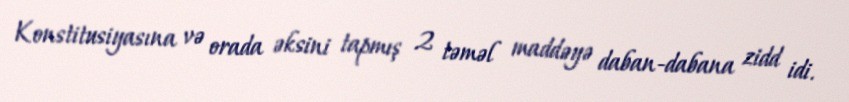
Konstitusiyasına və orada əksini tapmış 2 təməl maddəyə daban-dabana zidd idi.